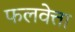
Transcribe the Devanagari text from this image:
फलवेत्ता